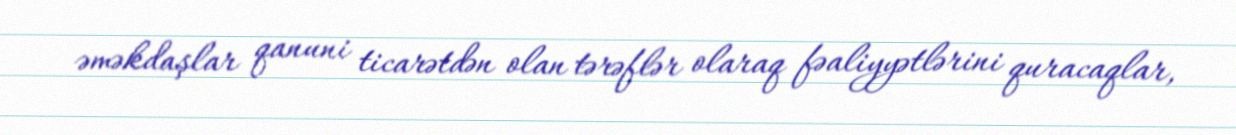
əməkdaşlar qanuni ticarətdən olan tərəflər olaraq fəaliyyətlərini quracaqlar,